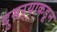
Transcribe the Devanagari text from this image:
दुसर्‍याकडून